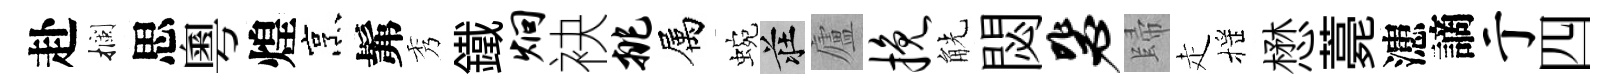
赴攔思粵煌烹髴秀鐵炯袂挑属蜿莊廬挽觥閟毖歸走摇懋薧漶謫亍四